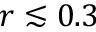
r \lesssim 0 . 3